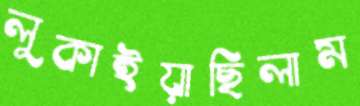
লুকাইয়াছিলাম